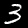
Label: 3